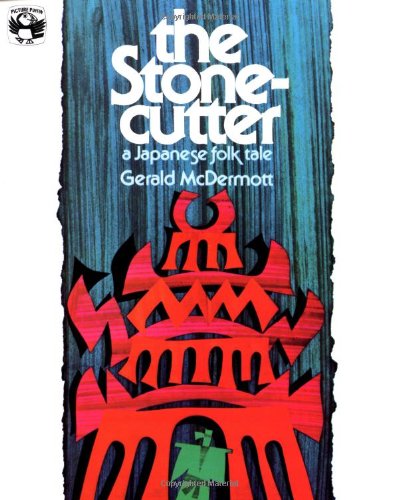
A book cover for The Stonecutter: A Japanese Folk Tale (Picture Puffin Books); Gerald McDermott; Children's Books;